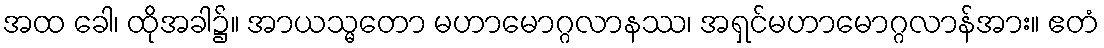
အထ ခေါ၊ ထိုအခါ၌။ အာယသ္မတော မဟာမောဂ္ဂလာနဿ၊ အရှင်မဟာမောဂ္ဂလာန်အား။ ဧတံ